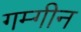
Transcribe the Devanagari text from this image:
गम्गीन